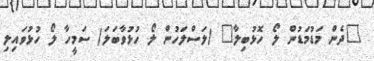
"ދެން މަޑުމަޑުން ލޯ ހޮޅުބިލާ" (ލަސްލަހުން ލޯ ހުޅުވާބަލަ) ސަމީހާ ލޯ ހުޅުވައިލި